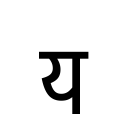
OCR:
य